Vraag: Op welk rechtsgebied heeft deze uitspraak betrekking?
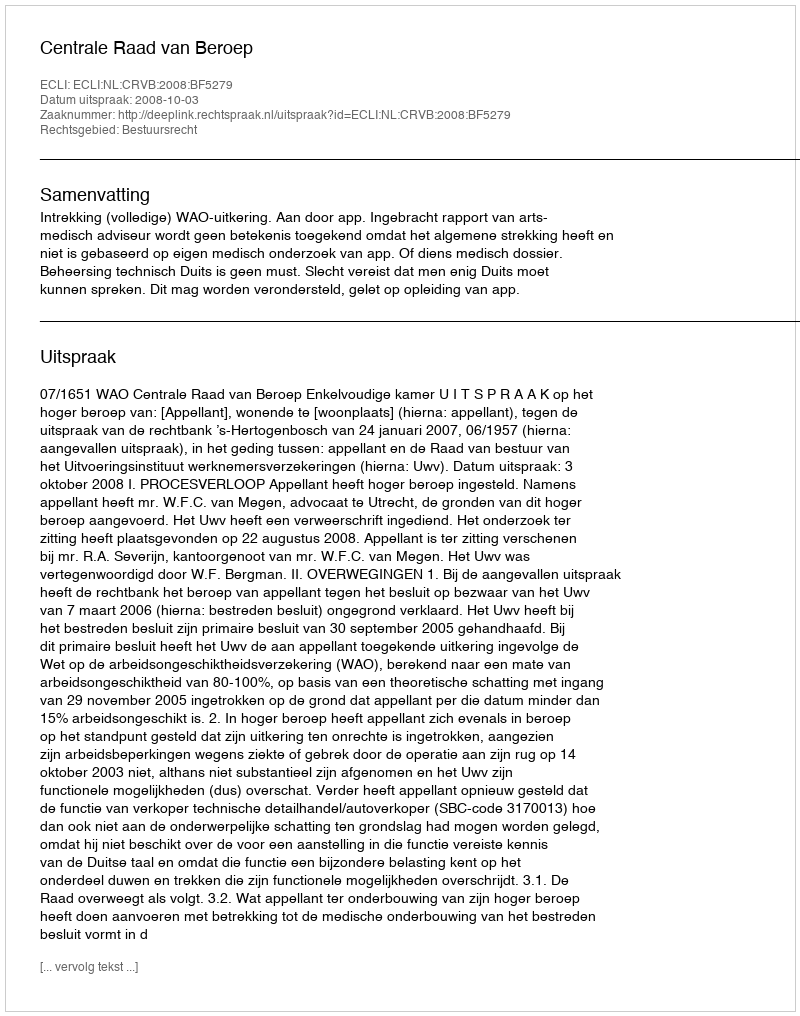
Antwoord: Bestuursrecht